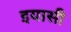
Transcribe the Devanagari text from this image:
इयासी